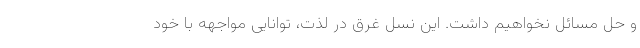
و حل مسائل نخواهیم داشت. این نسلِ غرق در لذت، توانایی مواجهه با خود